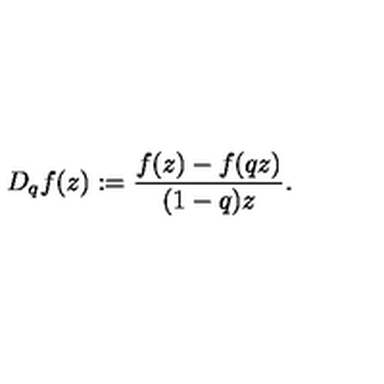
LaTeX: D _ { q } f ( z ) : = \frac { f ( z ) - f ( q z ) } { ( 1 - q ) z } .